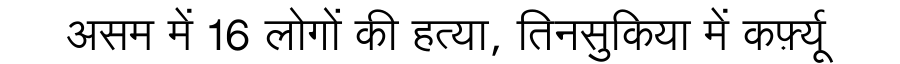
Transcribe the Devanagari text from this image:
असम में 16 लोगों की हत्या, तिनसुकिया में कर्फ़्यू